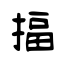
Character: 揊